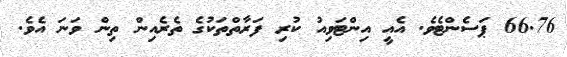
66.76 ޕަސެންޓެވެ. އެއީ އިންޓަވިއު ކުރި ފަރާތްތަކުގެ ތެރެއިން ތިން ވަނަ އެވެ.